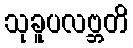
သုခူပလဗ္ဘတိ